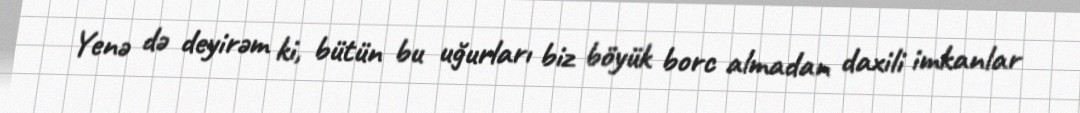
Yenə də deyirəm ki, bütün bu uğurları biz böyük borc almadan daxili imkanlar